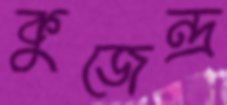
কুজেন্দ্র